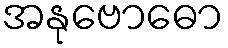
အနုဗောဓော